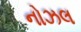
નોઝલ